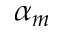
\alpha _ { m }